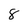
Character: 8